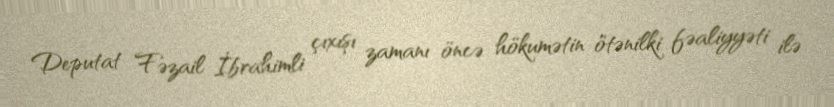
Deputat Fəzail İbrahimli çıxışı zamanı öncə hökumətin ötənilki fəaliyyəti ilə